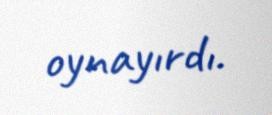
oynayırdı.